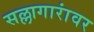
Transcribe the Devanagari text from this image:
सल्लागारांवर